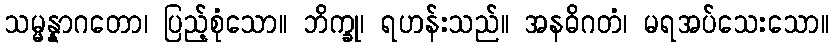
သမ္မန္နာဂတော၊ ပြည့်စုံသော။ ဘိက္ခု၊ ရဟန်းသည်။ အနဓိဂတံ၊ မရအပ်သေးသော။